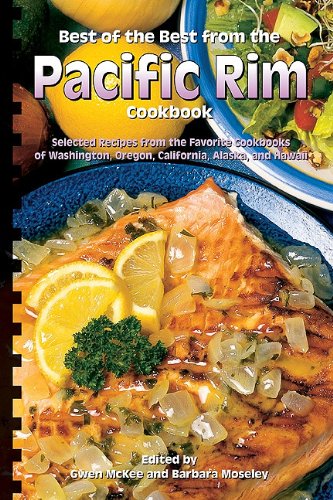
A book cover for Best of the Best from the Pacific Rim Cookbook (Best of the Best State Cookbook Series); Gwen Mckee; Cookbooks, Food & Wine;